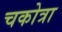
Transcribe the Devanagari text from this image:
चकोत्रा